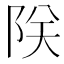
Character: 𫕀